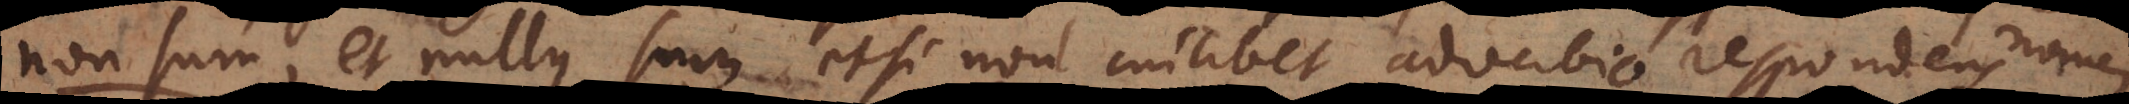
on sum, et nullus sum etsi non cuilibet adverbio respondens nomen